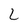
Character: L